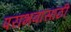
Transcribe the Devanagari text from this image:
पराभवासाठी